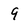
Character: 9